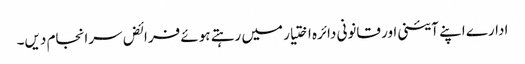
ادارے اپنے آئینی اور قانونی دائرہ اختیار میں رہتے ہوئے فرائض سرانجام دیں۔